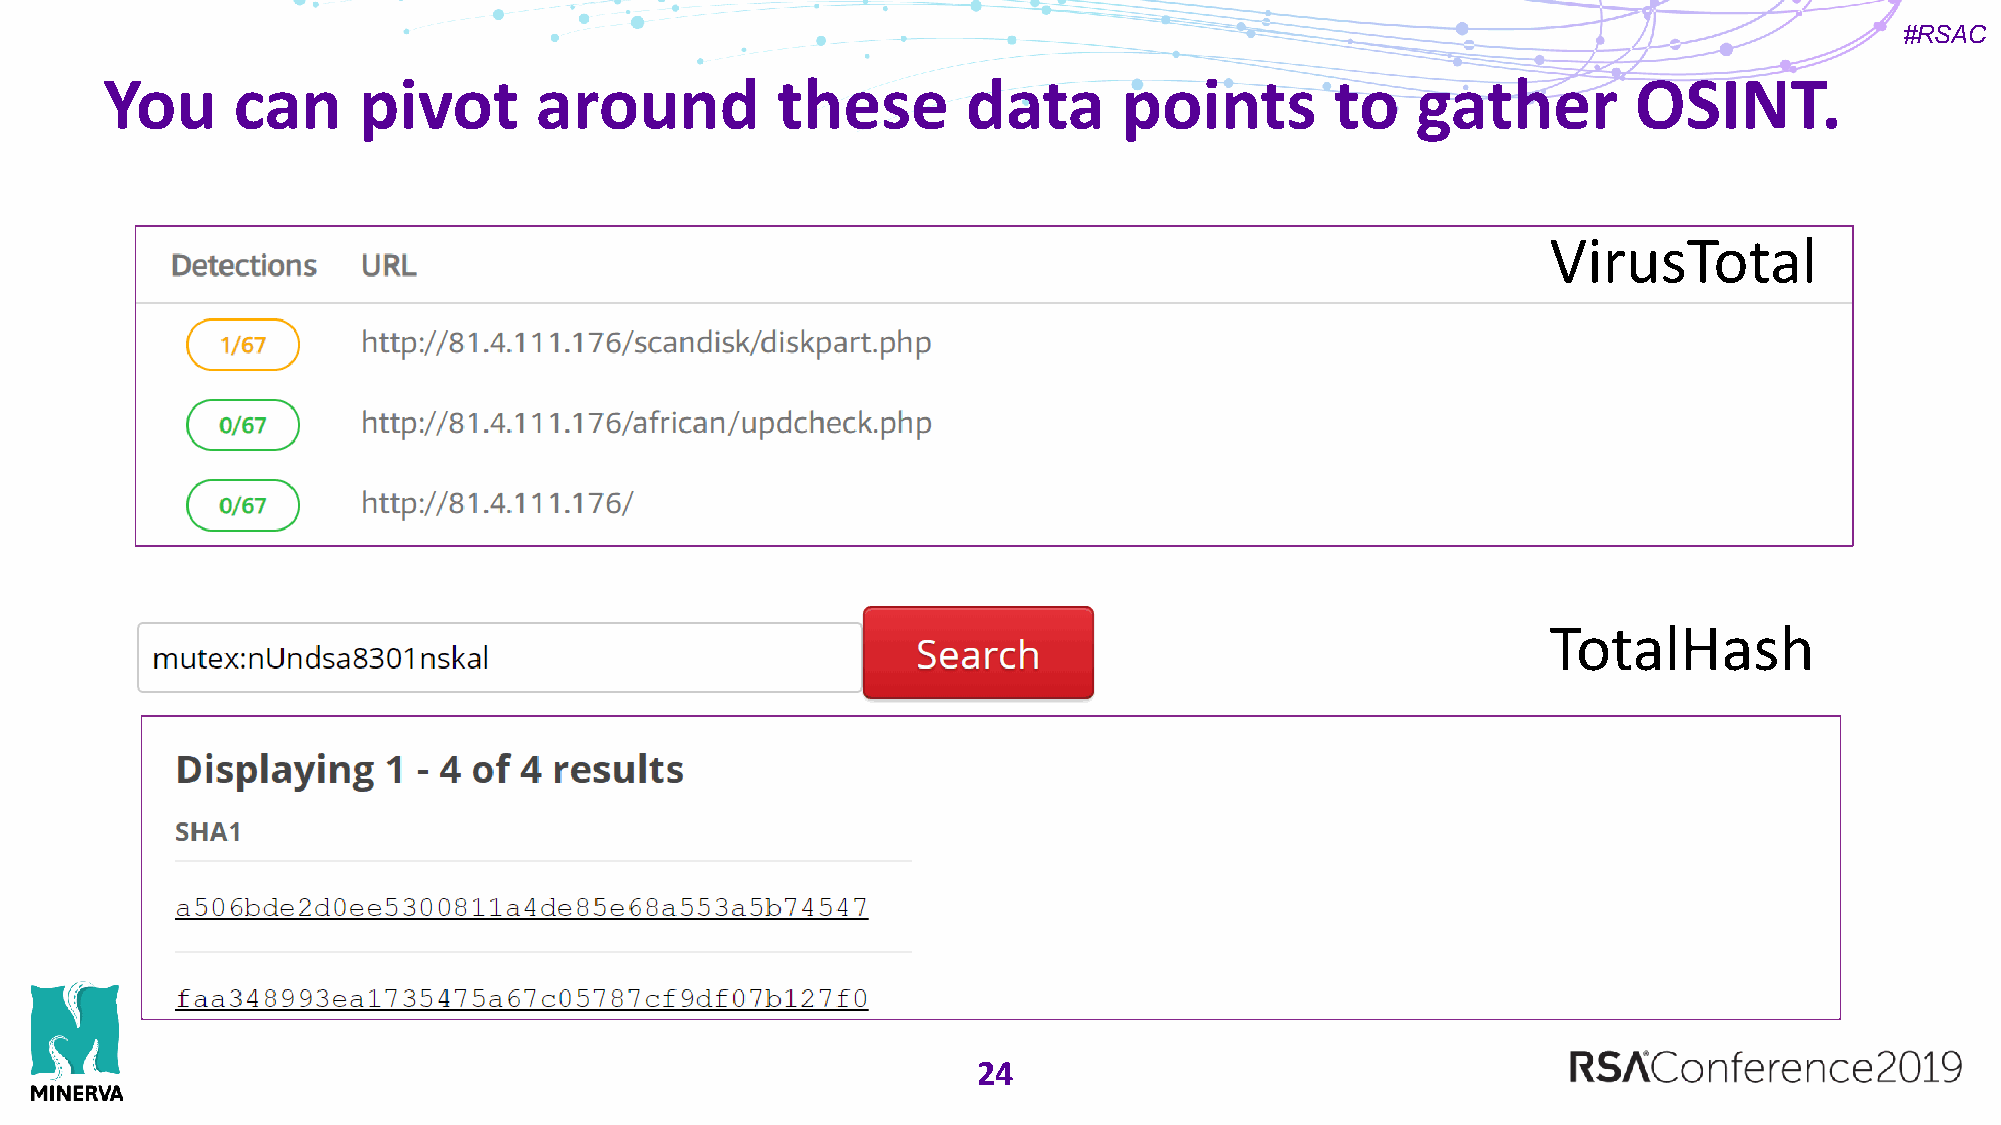
#RSAC
 You     can      pivot      around          these        data      points        to    gather        OSINT.
 VirusTotal
 TotalHash
 24